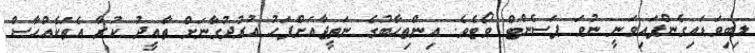
ލިބިވަޑައިގެންފައިވަނީ ނުވަ ޕަސެންޓް ވޯޓެވެ. އިންތިހާބުގެ ނަތީޖާއަށްފަހު އުރުދުގާނަށް ތާއީދު ކުރާ އެތަކެއްހާސް